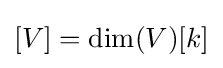
[V]=\dim(V)[k]